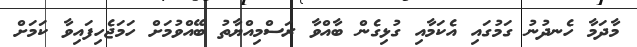
މާދަމާ ހެނދުނު ގަމުގައި އެކަމާއި ގުޅިގެން ބާއްވާ ރަސްމިއްޔާތު ބޭއްވުމަށް ހަމަޖެހިފައިވާ ކަމަށް